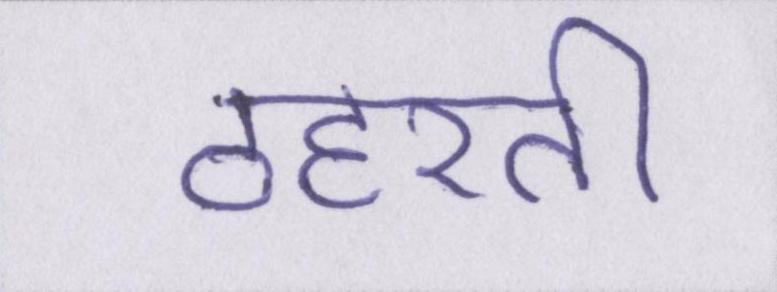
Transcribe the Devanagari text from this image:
ठहरती